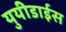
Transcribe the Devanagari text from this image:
युयीडाईस